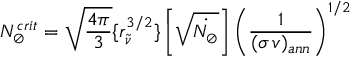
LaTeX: N _ { \oslash } ^ { c r i t } = \sqrt { \frac { 4 \pi } { 3 } } \{ r _ { \tilde { \nu } } ^ { 3 / 2 } \} \left[ \sqrt { \dot { N _ { \oslash } } } \right] \left( \frac { 1 } { ( \sigma \, v ) _ { a n n } } \right) ^ { 1 / 2 }